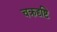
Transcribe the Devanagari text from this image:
चक्रदृष्टि